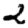
Digit: 2